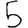
Digit: 5